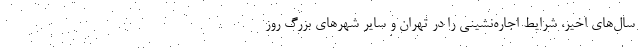
سال‌های اخیر، شرایط اجاره‌‌نشینی را در تهران و سایر شهرهای بزرگ روز